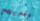
ولديهم